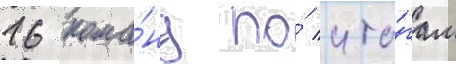
16 кома́нд по́ ито́гам